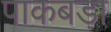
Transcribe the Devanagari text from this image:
पाकबड़ा